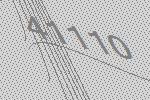
41110